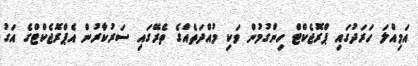
އަމިއްލަ ހަރަދުގައި ޕްރޮޖެކްޓް ހިންގުމުން ވަކި މުއްދަތެއްގެ ތެރޭގައި ސަރުކާރުން އެޕްރޮޖެކްޓްގެ އަގު